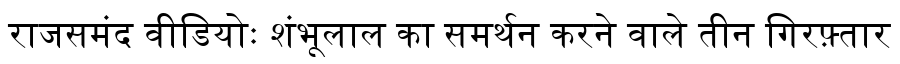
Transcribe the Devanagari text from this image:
राजसमंद वीडियोः शंभूलाल का समर्थन करने वाले तीन गिरफ़्तार